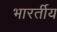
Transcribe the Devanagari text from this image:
भारर्तीय